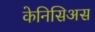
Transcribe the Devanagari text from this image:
केनिसिअस